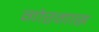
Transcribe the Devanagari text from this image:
गोरगास